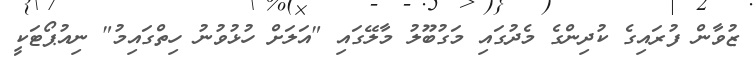
ޒުވާން ފުރައިގެ ކުދިންގެ މެދުގައި މަގުބޫލު މާލޭގައި "އަލަށް ހުޅުވުނު ހިތްގައިމު" ނިއުޕޯޓަކީ